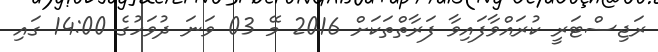
ރަޖިސްޓަރީ ކުރައްވާފައިވާ ފަރާތްތަކަށް 2016 މޭ 03 ވަނަ ދުވަހުގެ 14:00 ގައި